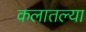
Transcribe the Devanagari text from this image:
कलातल्या